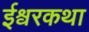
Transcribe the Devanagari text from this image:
ईश्वरकथा